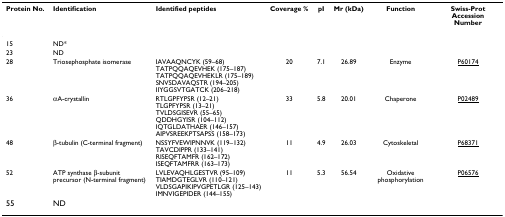
<table><thead><tr><td><b>Protein No.</b></td><td><b>Identification</b></td><td><b>Identified peptides</b></td><td><b>Coverage %</b></td><td><b>pI</b></td><td><b>Mr (kDa)</b></td><td><b>Function</b></td><td><b>Swiss-Prot Accession Number</b></td></tr></thead><tbody><tr><td>15</td><td>ND*</td><td></td><td></td><td></td><td></td><td></td><td></td></tr><tr><td>23</td><td>ND</td><td></td><td></td><td></td><td></td><td></td><td></td></tr><tr><td>28</td><td>Triosephosphate isomerase</td><td>IAVAAQNCYK (59–68)TATPQQAQEVHEK (175–187)TATPQQAQEVHEKLR (175–189)SNVSDAVAQSTR (194–205)IIYGGSVTGATCK (206–218)</td><td>20</td><td>7.1</td><td>26.89</td><td>Enzyme</td><td>P60174</td></tr><tr><td>36</td><td>αA-crystallin</td><td>RTLGPFYPSR (12–21)TLGPFYPSR (13–21)TVLDSGISEVR (55–65)QDDHGYISR (104–112)IQTGLDATHAER (146–157)AIPVSREEKPTSAPSS (158–173)</td><td>33</td><td>5.8</td><td>20.01</td><td>Chaperone</td><td>P02489</td></tr><tr><td>48</td><td>β-tubulin (C-terminal fragment)</td><td>NSSYFVEWIPNNVK (119–132)TAVCDIPPR (133–141)RISEQFTAMFR (162–172)ISEQFTAMFRR (163–173)</td><td>11</td><td>4.9</td><td>26.03</td><td>Cytoskeletal</td><td>P68371</td></tr><tr><td>52</td><td>ATP synthase β-subunit precursor (N-terminal fragment)</td><td>LVLEVAQHLGESTVR (95–109)TIAMDGTEGLVR (110–121)VLDSGAPIKIPVGPETLGR (125–143)IMNVIGEPIDER (144–155)</td><td>11</td><td>5.3</td><td>56.54</td><td>Oxidative phosphorylation</td><td>P06576</td></tr><tr><td>55</td><td>ND</td><td></td><td></td><td></td><td></td><td></td><td></td></tr></tbody></table>